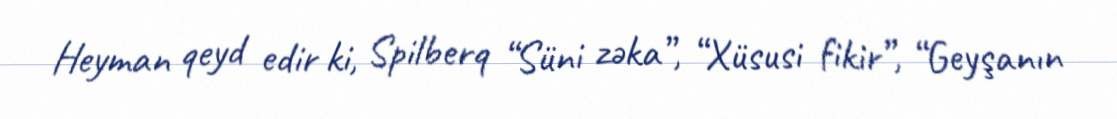
Heyman qeyd edir ki, Spilberq “Süni zəka”, “Xüsusi fikir”, “Geyşanın